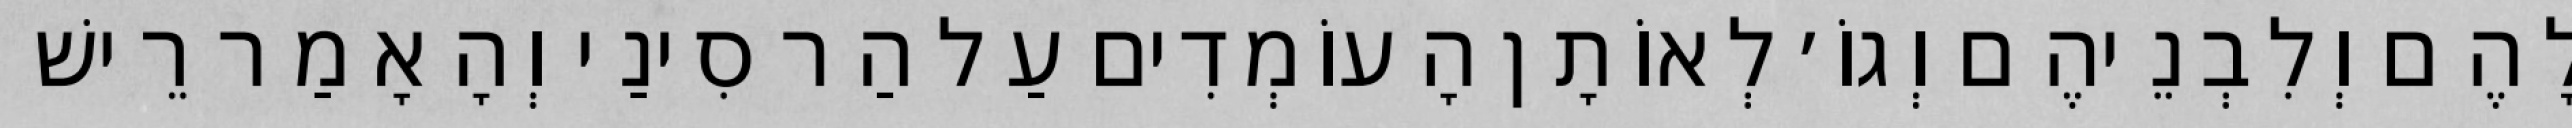
לָהֶם וְלִבְנֵיהֶם וְגוֹ׳ לְאוֹתָן הָעוֹמְדִים עַל הַר סִינַי וְהָאָמַר רֵישׁ